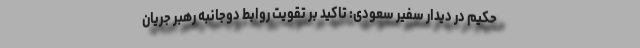
حکیم در دیدار سفیر سعودی: تاکید بر تقویت روابط دوجانبه رهبر جریان